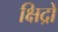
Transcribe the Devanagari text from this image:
क्षिद्रों